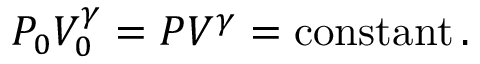
P _ { 0 } V _ { 0 } ^ { \gamma } = P V ^ { \gamma } = \operatorname { c o n s t a n t } .